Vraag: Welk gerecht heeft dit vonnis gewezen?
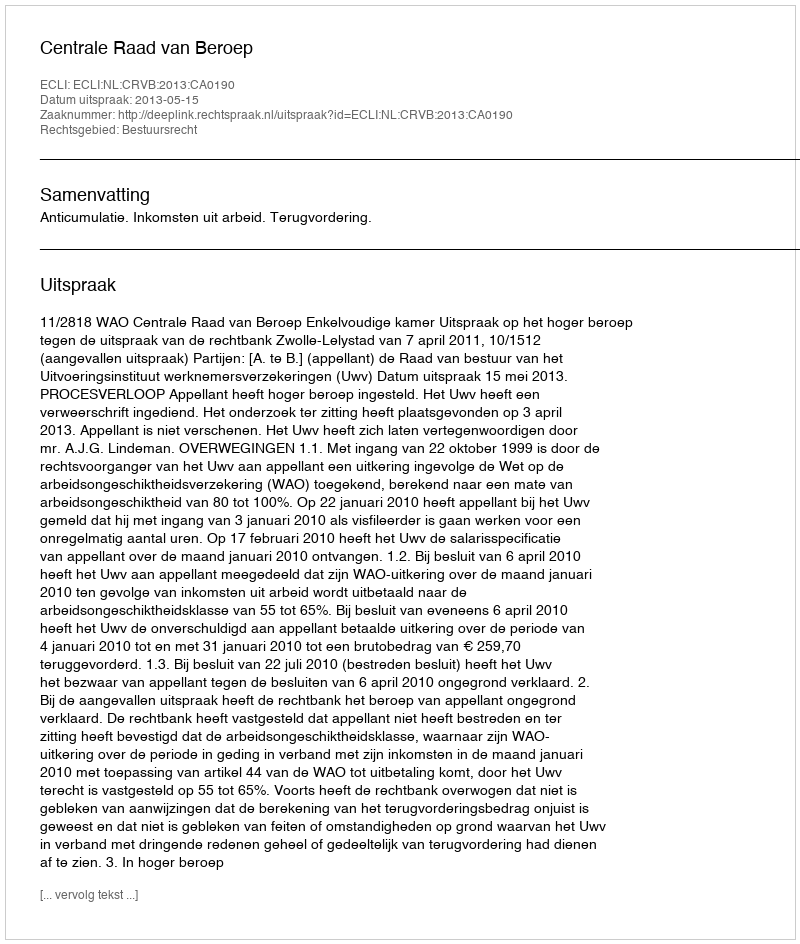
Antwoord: Centrale Raad van Beroep